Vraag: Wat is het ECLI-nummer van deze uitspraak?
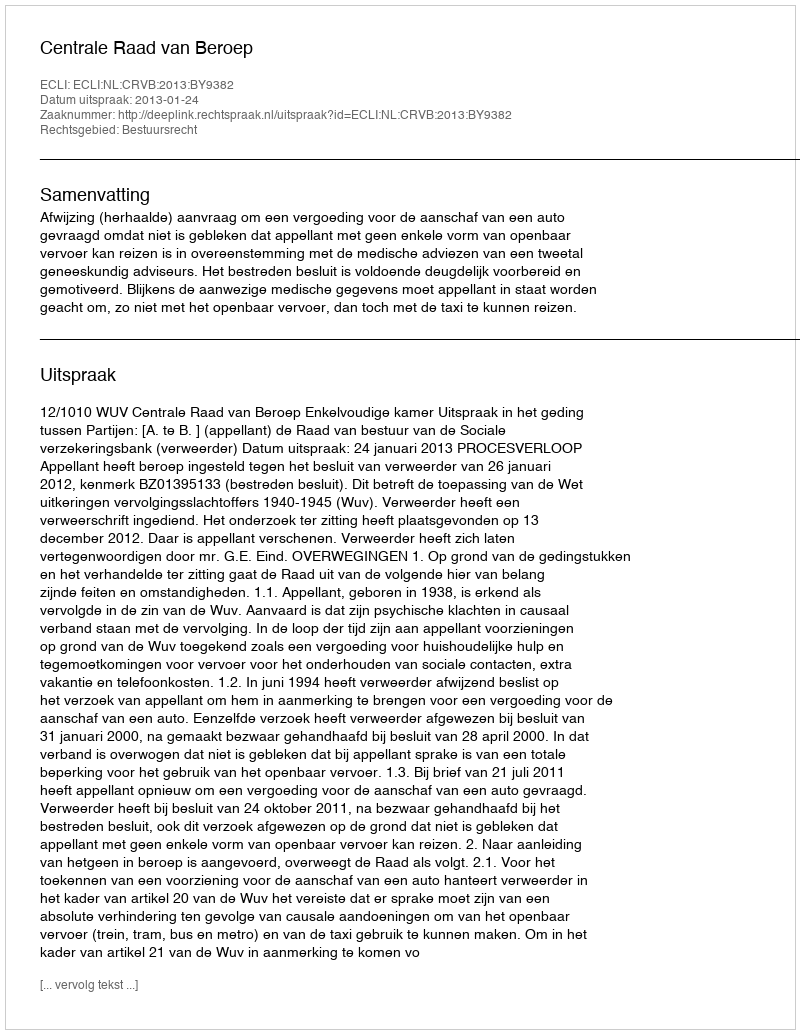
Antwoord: ECLI:NL:CRVB:2013:BY9382